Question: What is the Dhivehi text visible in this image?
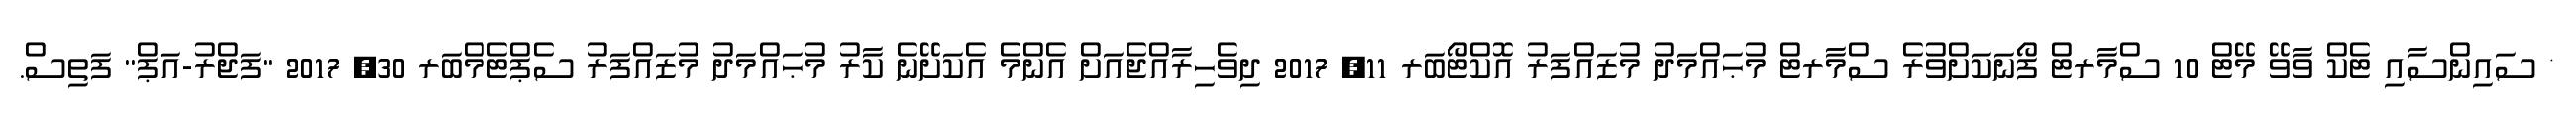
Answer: * ސައިންސާއި ޓެކް ވާވޭ މޭޓް 10 ސްމާރޓް ފޯނަކަށްވުރެ ސްމާރޓް މުޙައްމަދު މުޒައްފަރު އޮކްޓޯބަރ 11, 2017 ދިވެހިރާއްޖެއަށް އެންމެ އެކަށޭނެ ކާރު މުޙައްމަދު މުޒައްފަރު ސެޕްޓެމްބަރ 30, 2017 "ފަޖްރު-އަޕް" ފަތިސް.